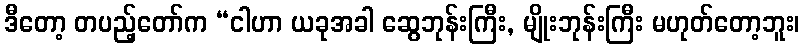
ဒီတော့ တပည့်တော်က “ငါဟာ ယခုအခါ ဆွေဘုန်းကြီး, မျိုးဘုန်းကြီး မဟုတ်တော့ဘူး၊